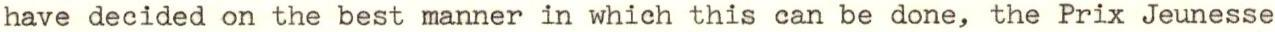
have decided on the best manner in which this can be done, the Prix Jeunesse